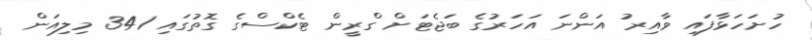
ހުށަހަޅާފައި ވާއިރު އަންނަ އަހަރުގެ ބަޖެޓަށް ގްރީން ޓެކްސްގެ ގޮތުގައި 341 މިލިއަން